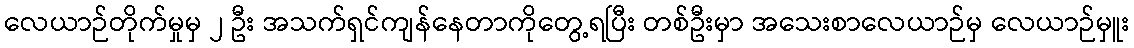
လေယာဉ်တိုက်မှုမှ ၂ ဦး အသက်ရှင်ကျန်နေတာကိုတွေ့ရပြီး တစ်ဦးမှာ အသေးစာလေယာဉ်မှ လေယာဉ်မှူး